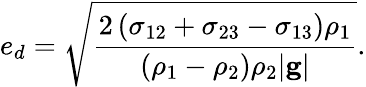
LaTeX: e_{d}=\sqrt{\frac{2\left(\sigma_{12}+\sigma_{23}-\sigma_{13}\right)\rho_{1}}{\left(\rho_{1}-\rho_{2}\right)\rho_{2}|\mathbf{g}|}}.